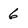
Character: 6